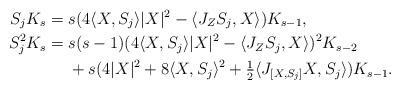
LaTeX: \begin{align*} S_jK_s ={}& s(4\langle X,S_j\rangle|X|^2-\langle J_ZS_j,X\rangle)K_{s-1},\\ S_j^2K_s ={}& s(s-1)(4\langle X,S_j\rangle|X|^2-\langle J_ZS_j,X\rangle)^2K_{s-2}\\ & + s(4|X|^2+8\langle X,S_j\rangle^2+\tfrac{1}{2}\langle J_{[X,S_j]}X,S_j\rangle)K_{s-1}.\end{align*}